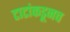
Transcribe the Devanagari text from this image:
टाटांकडूनच